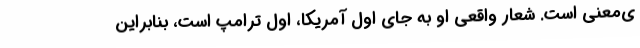
ی‌معنی است. شعار واقعی او به جای اول آمریکا، اول ترامپ است، بنابراین